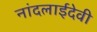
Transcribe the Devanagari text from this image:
नांदलाईदेवी